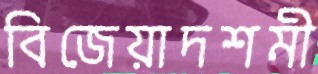
বিজেয়াদশমী